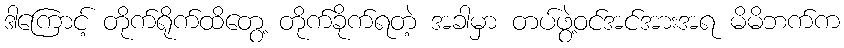
ဒါကြောင့် တိုက်ရိုက်ထိတွေ့ တိုက်ခိုက်ရတဲ့ အခါမှာ တပ်ဖွဲ့ဝင်အင်အားအရ မိမိဘက်က